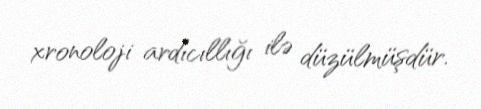
xronoloji ardıcıllığı ilə düzülmüşdür.